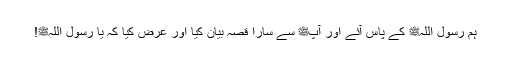
ہم رسول اللہﷺ کے پاس آئے اور آپﷺ سے سارا قصہ بیان کیا اور عرض کیا کہ یا رسول اللہﷺ!